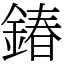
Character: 𨩃